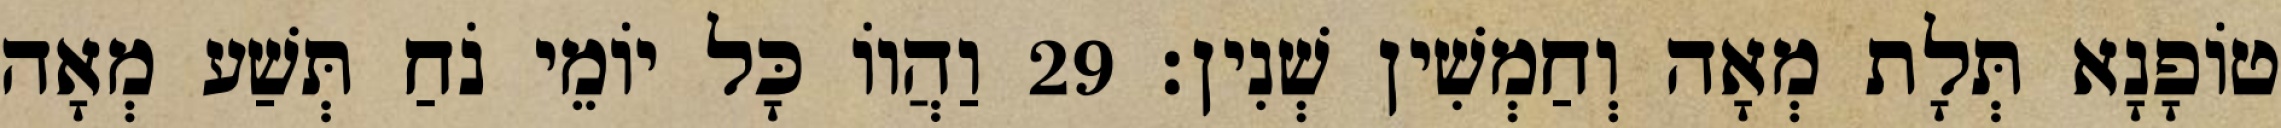
טוֹפָנָא תְּלָת מְאָה וְחַמְשִׁין שְׁנִין׃ 29 וַהֲווֹ כָּל יוֹמֵי נֹחַ תְּשַׁע מְאָה